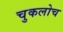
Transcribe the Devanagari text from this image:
चुकलोच